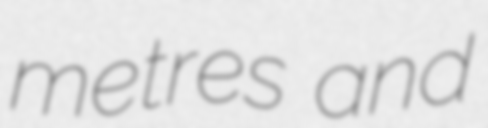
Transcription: metres and